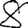
Digit: 8